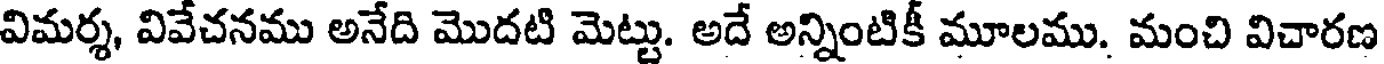
విమర్శ, వివేచనము అనేది మొదటి మెట్టు. అదే అన్నింటికీ మూలము. మంచి విచారణ